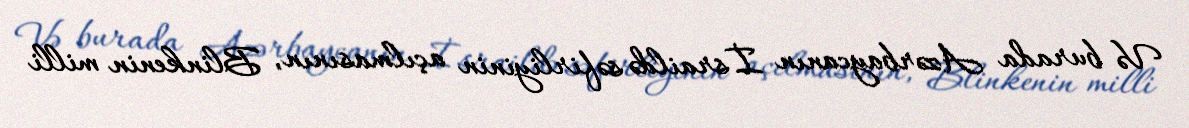
Və burada Azərbaycanın İsraildə səfirliyinin açılmasının, Blinkenin milli